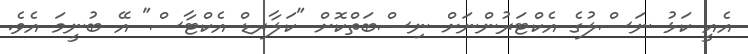
އެއީ ކަޅު ނަސްލުގެ އެކްޓަރުންނަށް ނިސްބަތްކޮށް "ކަލާރޑް އެކްޓާސް" އޭ ބުނީމަ އެވެ.